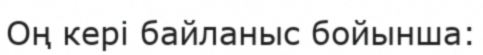
Оң кері байланыс бойынша: